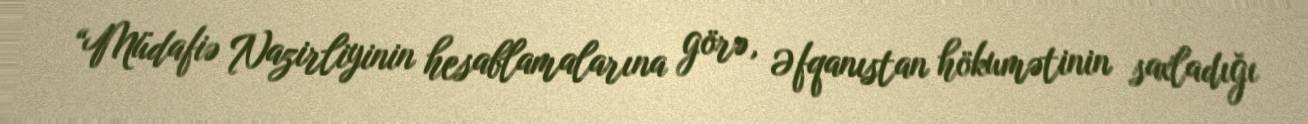
“Müdafiə Nazirliyinin hesablamalarına görə, Əfqanıstan hökumətinin saxladığı